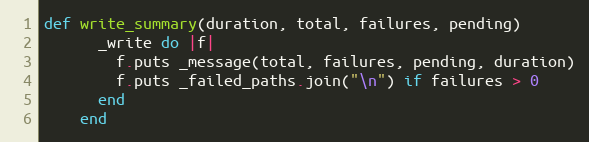
Language: Ruby
def write_summary(duration, total, failures, pending)
      _write do |f|
        f.puts _message(total, failures, pending, duration)
        f.puts _failed_paths.join("\n") if failures > 0
      end
    end